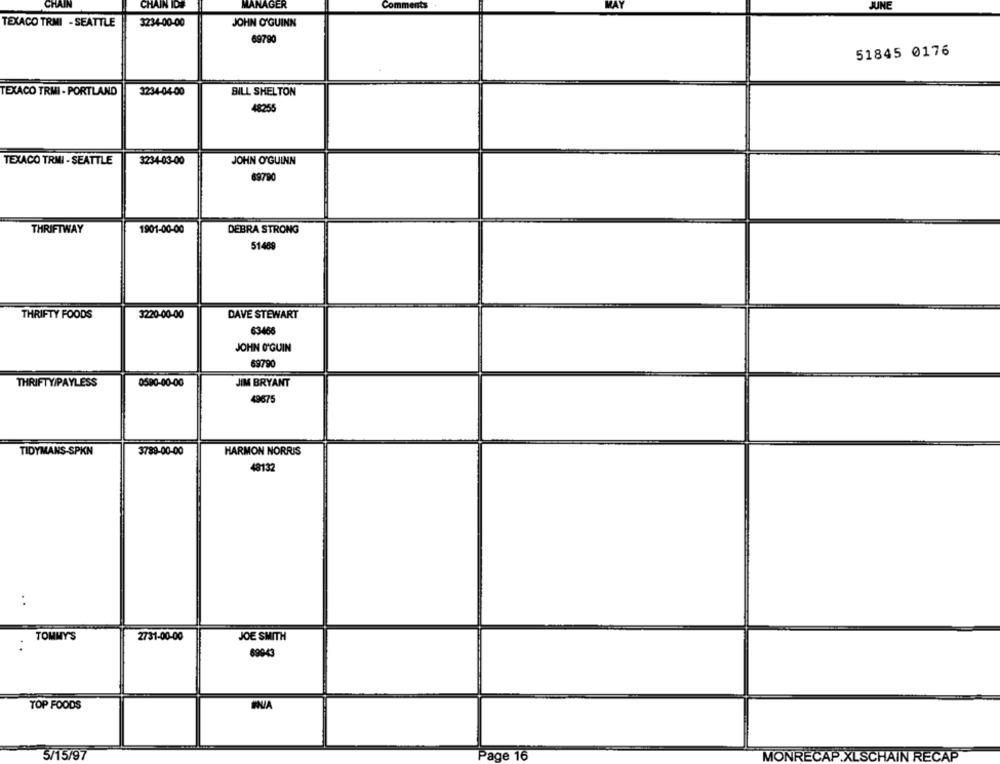
CHAIN
CHAIN IDS
MANAGER
JUNE
TEXACO TRMI - SEATTLE
3234-00-00
JOHN O'GUINN
69790
51845 0176
3234-04-00
BILL SHELTON
TEXACO TRMI - PORTLAND
48255
3234-03-00
JOHN O'GUINN
TEXACO TRMI - SEATTLE
69790
1901-00-00
DEBRA STRONG
THRIFTWAY
51489
THRIFTY FOODS
3220-00-00
DAVE STEWART
63466
JOHN O'GUIN
69790
0590-00-00
JIM BRYANT
THRIFTY/PAYLESS
49675
TIDYMANS-SPKN
3789-00-00
HARMON NORRIS
48132
..
TOMMY'S
2731-00-00
JOE SMITH
69943
TOP FOODS
5/15/97
Page 16
MONRECAP.XLSCHAIN RECAP